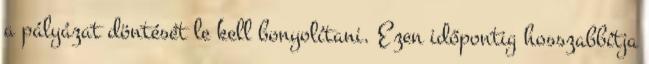
a pályázat döntését le kell bonyolítani. Ezen időpontig hosszabbítja